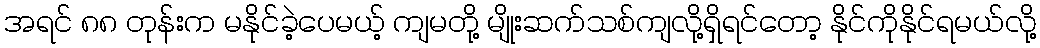
အရင် ၈၈ တုန်းက မနိုင်ခဲ့ပေမယ့် ကျမတို့ မျိုးဆက်သစ်ကျလို့ရှိရင်တော့ နိုင်ကိုနိုင်ရမယ်လို့